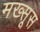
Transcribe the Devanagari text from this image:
मख्सूस